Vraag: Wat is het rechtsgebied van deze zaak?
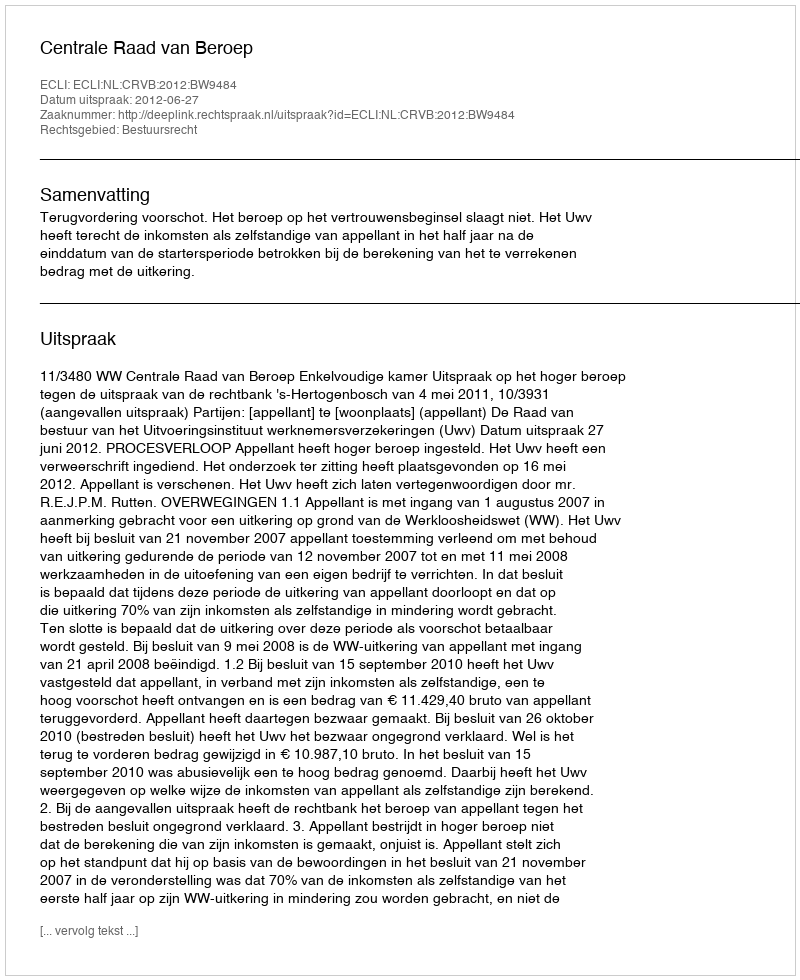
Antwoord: Bestuursrecht